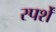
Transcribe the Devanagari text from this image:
स्पर्शें